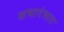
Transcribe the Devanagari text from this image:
सभारंभात